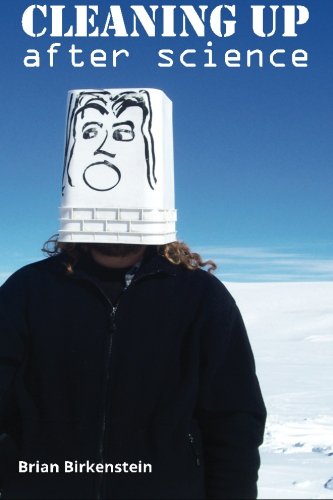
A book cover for Cleaning Up After Science; Brian Birkenstein; Sports & Outdoors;